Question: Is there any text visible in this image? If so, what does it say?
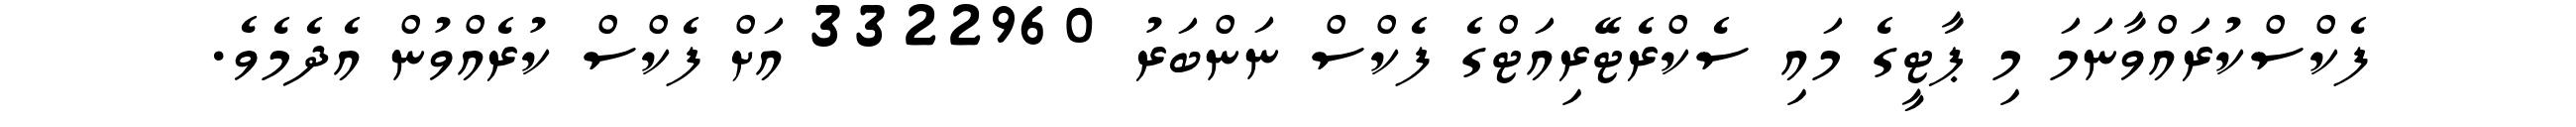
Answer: ފެކްސްކުރައްވާނަމަ މި ޕާޓީގެ މައި ސެކްރެޓޭރިއަޓްގެ ފެކްސް ނަންބަރު 3322960 އަށް ފެކްސް ކުރެއްވުން އެދެމެވެ.